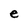
Character: e